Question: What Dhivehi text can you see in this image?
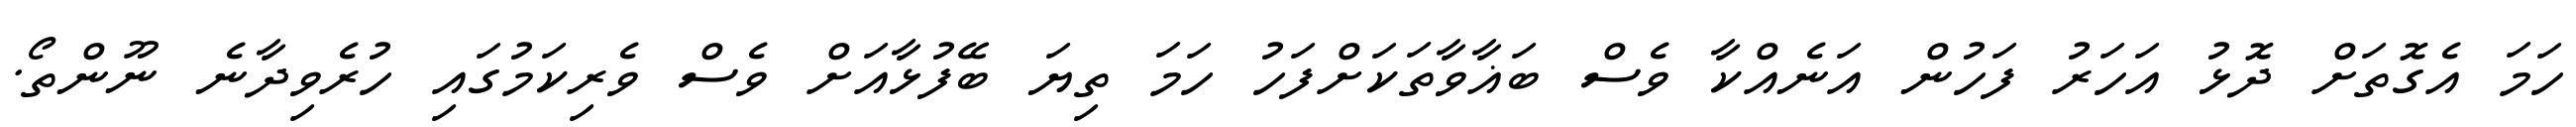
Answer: ހަމަ އެގޮތަށް ދޮޅު އަހަރު ފަހުން އަނެއްކާ ވެސް ބަޣާވާތަކަށްފަހު ހަމަ ތިޔަ ބޭފުޅާއަށް ވެސް ވެރިކަމުގައި ހުރެވިދާނެ ނޫންތޯ.